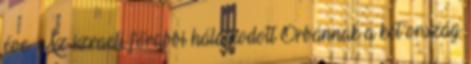
éve. Az izraeli főrabbi hálálkodott Orbánnak a két ország